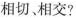
0B相切、相交?